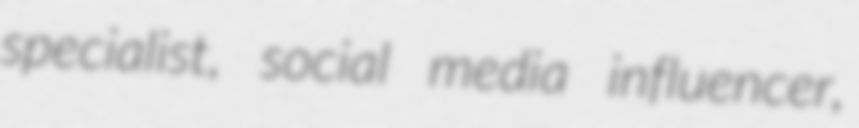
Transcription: specialist, social media influencer,